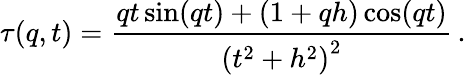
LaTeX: \tau(q,t)=\frac{qt\sin(qt)+\left(1+qh\right)\cos(qt)}{\left(t^{2}+h^{2}\right)^{2}}\, .